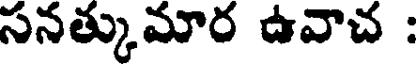
సనత్కుమార ఉవాచ :